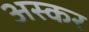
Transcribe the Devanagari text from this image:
अस्कर